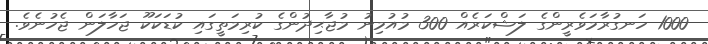
1000 ހަނގުރާމަވެރީންގެ ލަޝްކަރެއް 300 މުއުމިނު މުޖާޙިދުންގެ ކުރިމަތީގައި ކުޑަކަކޫ ޖަހާލަން ޖެހުނެވެ.